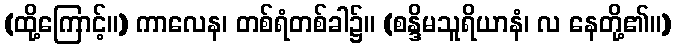
(ထို့ကြောင့်။) ကာလေန၊ တစ်ရံတစ်ခါ၌။ (စန္ဒိမသူရိယာနံ၊ လ နေတို့၏။)